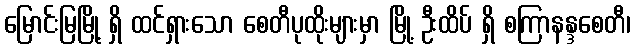
မြောင်းမြမြို့ ရှိ ထင်ရှားသော စေတီပုထိုးများမှာ မြို့ ဦးထိပ် ရှိ စကြာနန္ဒစေတီ၊